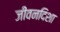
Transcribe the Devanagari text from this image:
जीवनदिशा